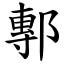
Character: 鄟